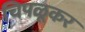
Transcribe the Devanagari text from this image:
चिपळूकर